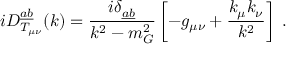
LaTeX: i D _ { T _ { \mu \nu } } ^ { \underline { { { a } } } \underline { { { b } } } } ( k ) = \frac { i \delta _ { \underline { { { a } } } \underline { { { b } } } } } { k ^ { 2 } - m _ { G } ^ { 2 } } \left[ - g _ { \mu \nu } + \frac { k _ { \mu } k _ { \nu } } { k ^ { 2 } } \right] \; .